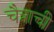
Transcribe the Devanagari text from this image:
चैत्राची